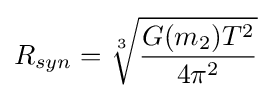
R_{syn}={\sqrt[{3}]{G(m_{2})T^{2} \over 4\pi ^{2}}}